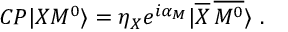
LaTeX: { \cal C P } | X M ^ { 0 } \rangle = \eta _ { X } e ^ { i \alpha _ { M } } | \overline { { { X } } } \, \overline { { { M ^ { 0 } } } } \rangle \ .